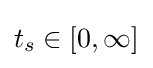
t_{s}\in [0,\infty ]